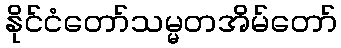
နိုင်ငံတော်သမ္မတအိမ်တော်